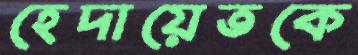
হেদায়েতকে